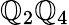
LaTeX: \mathbb{Q}_{2}\mathbb{Q}_{4}